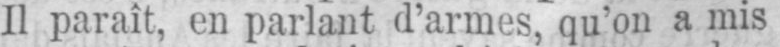
Il paraît, en parlant d’armes, qu’on a mis